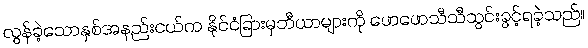
လွန်ခဲ့သောနှစ်အနည်းငယ်က နိုင်ငံခြားမှဘီယာများကို ဖောဖောသီသီသွင်းခွင့်ရခဲ့သည်။